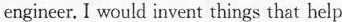
engineer. I would invent things that help